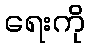
ရေးကို